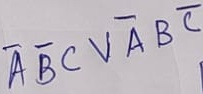
Text: ABCVABC